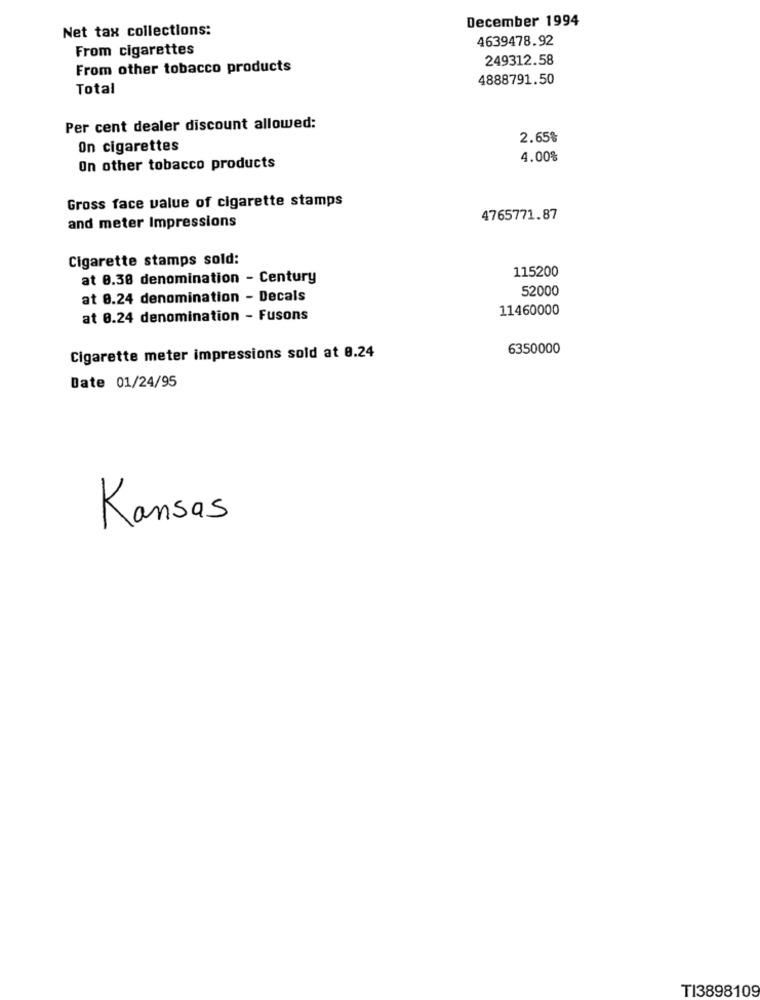
December 1994
Net tax collections:
4639478.92
From cigarettes
249312.58
From other tobacco products
4888791.50
Total
Per cent dealer discount allowed:
2.65%
On cigarettes
4.00%
On other tobacco products
Gross face value of cigarette stamps
and meter Impressions
4765771.87
Cigarette stamps sold:
115200
at 0.38 denomination - Century
52000
at 0.24 denomination - Decals
11460000
at 8.24 denomination - Fusons
6350000
Cigarette meter impressions sold at 8.24
Date 01/24/95
Kansas
TI3898109